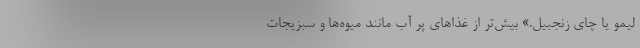
لیمو یا چای زنجبیل.» بیش‌تر از غذا‌های پر آب مانند میوه‌ها و سبزیجات